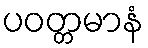
ပဝတ္တမာနံ